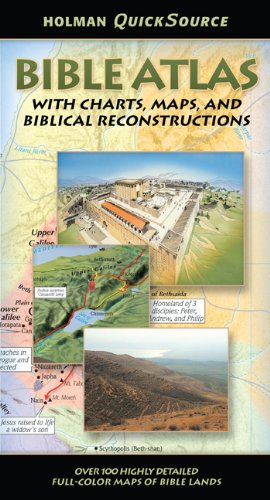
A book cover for Holman QuickSource Bible Atlas (Holman Quicksource Guides); Holman Bible Editorial Staff; Christian Books & Bibles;